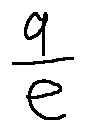
\frac { 9 } { e }